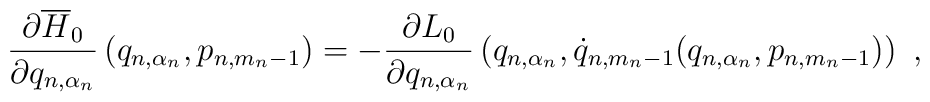
\frac{\partial\overline{H}_0}{\partial q_{n,\alpha_n}}\left(q_{n,\alpha_n},p_{n,m_n-1}\right)=-\frac{\partial L_0}{\partial q_{n,\alpha_n}}\left(q_{n,\alpha_n},\dot{q}_{n,m_n-1}(q_{n,\alpha_n},p_{n,m_n-1})\right)\ ,